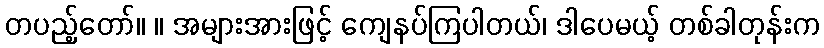
တပည့်တော်။ ။ အများအားဖြင့် ကျေနပ်ကြပါတယ်၊ ဒါပေမယ့် တစ်ခါတုန်းက